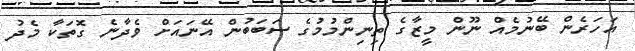
އަހަރެން ބޭނުމެއް ނޫން މީޒާގެ ތިނިންމުމުގެ ސަބަބުން އޭނައަށް ވެދާނެ ގޮތަކާ މެދު